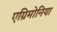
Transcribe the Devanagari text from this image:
एग्रिमोनिया